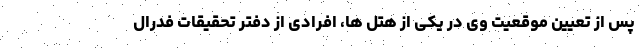
پس از تعیین موقعیت وی در یکی از هتل ها، افرادی از دفتر تحقیقات فدرال